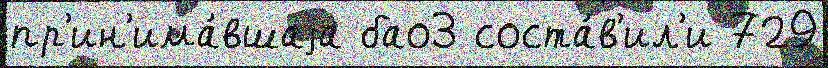
пр'ин'има́вшаjа бао3 соста́в'ил'и 729